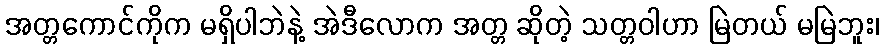
အတ္တကောင်ကိုက မရှိပါဘဲနဲ့ အဲဒီလောက အတ္တ ဆိုတဲ့ သတ္တဝါဟာ မြဲတယ် မမြဲဘူး၊